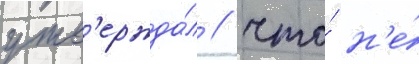
утв'ержда́л / что́ н'е́